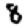
Digit: 8